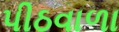
પીઠવાળા